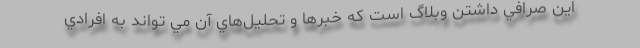
اين صرافي داشتن وبلاگ است كه خبرها و تحليل­هاي آن مي تواند به افرادي